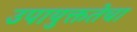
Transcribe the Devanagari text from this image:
उपायुक्ततेचा